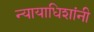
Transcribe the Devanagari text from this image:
न्यायाधिशांनी